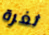
ثغرة